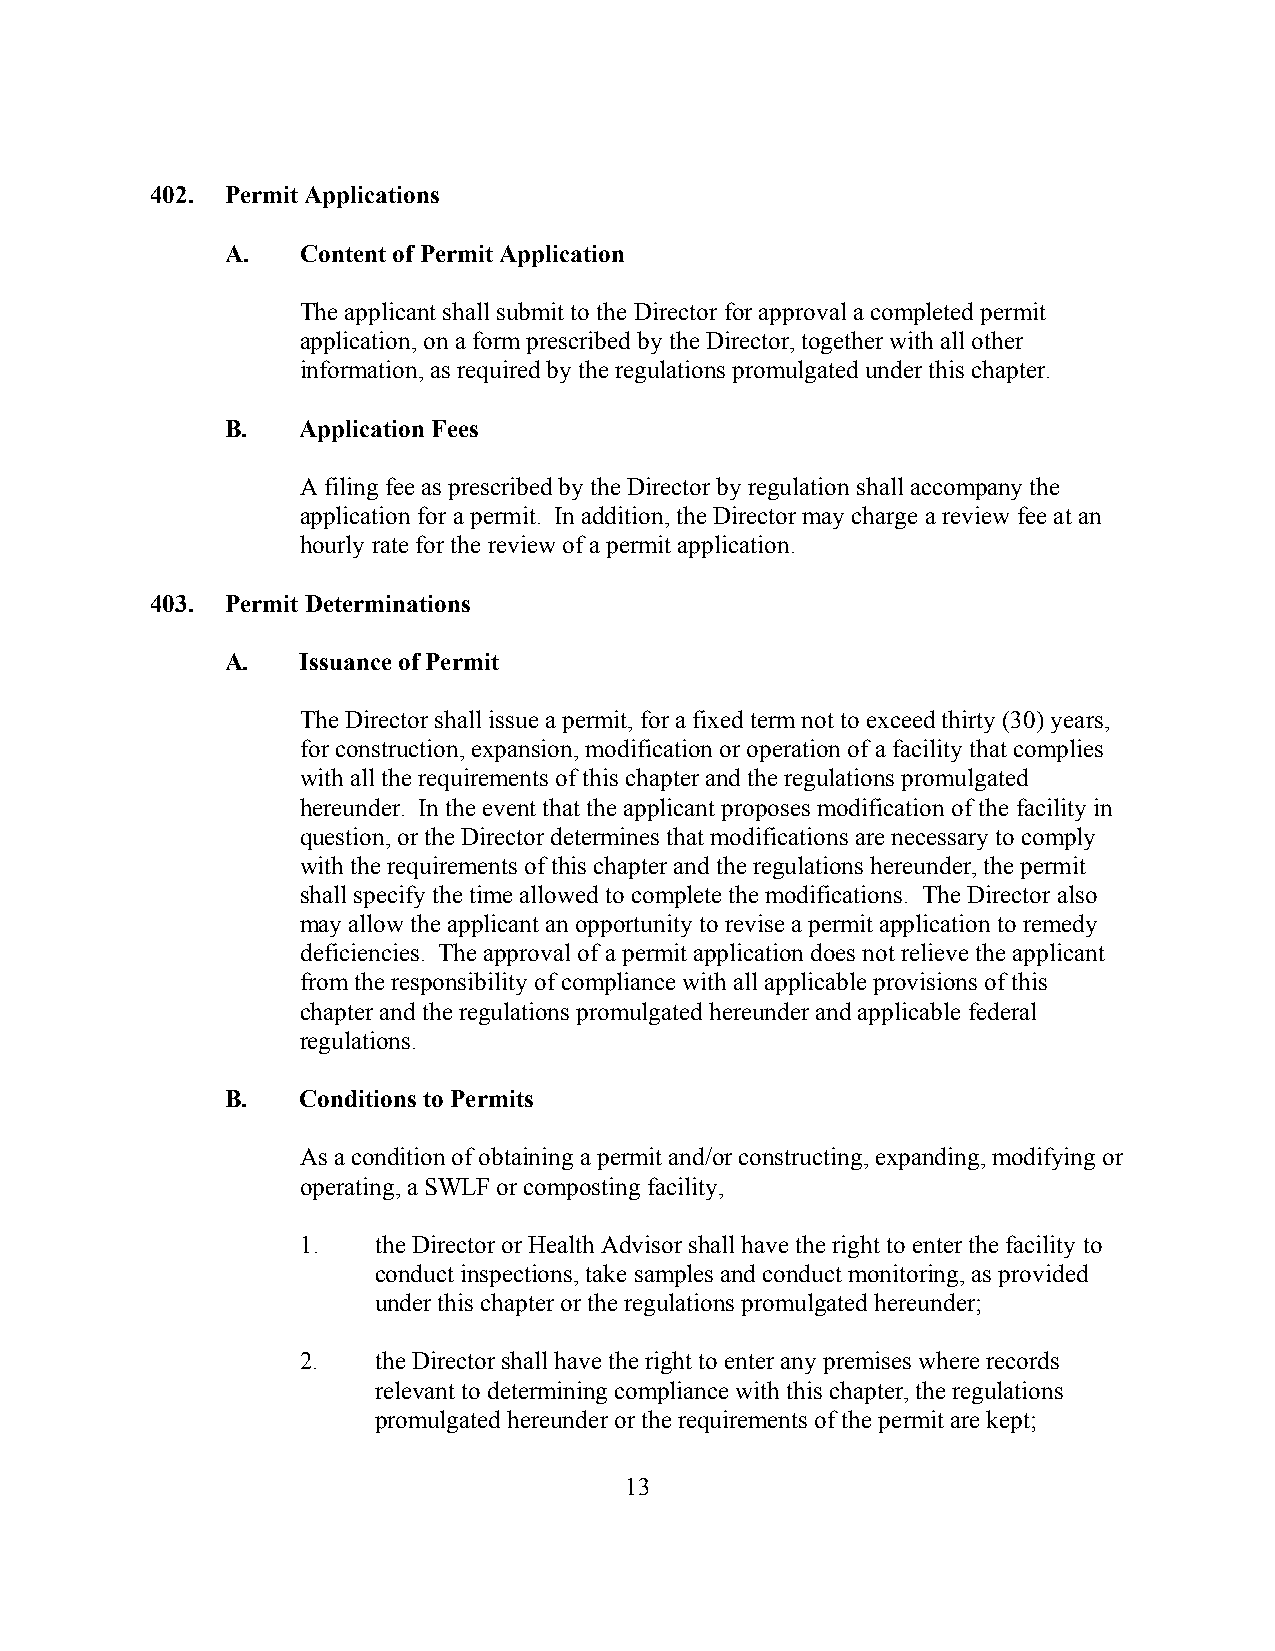
402. Permit Applications
 A.   Content of Permit Application
 The applicant shall submit to the Director for approval a completed permit
 application, on a form prescribed by the Director, together with all other
 information, as required by the regulations promulgated under this chapter.
 B.   Application Fees
 A filing fee as prescribed by the Director by regulation shall accompany the
 application for a permit. In addition, the Director may charge a review fee at an
 hourly rate for the review of a permit application.
 403. Permit Determinations
 A.   Issuance of Permit
 The Director shall issue a permit, for a fixed term not to exceed thirty (30) years,
 for construction, expansion, modification or operation of a facility that complies
 with all the requirements of this chapter and the regulations promulgated
 hereunder. In the event that the applicant proposes modification of the facility in
 question, or the Director determines that modifications are necessary to comply
 with the requirements of this chapter and the regulations hereunder, the permit
 shall specify the time allowed to complete the modifications. The Director also
 may allow the applicant an opportunity to revise a permit application to remedy
 deficiencies. The approval of a permit application does not relieve the applicant
 from the responsibility of compliance with all applicable provisions of this
 chapter and the regulations promulgated hereunder and applicable federal
 regulations.
 B.   Conditions to Permits
 As a condition of obtaining a permit and/or constructing, expanding, modifying or
 operating, a SWLF or composting facility,
 1.   the Director or Health Advisor shall have the right to enter the facility to
 conduct inspections, take samples and conduct monitoring, as provided
 under this chapter or the regulations promulgated hereunder;
 2.   the Director shall have the right to enter any premises where records
 relevant to determining compliance with this chapter, the regulations
 promulgated hereunder or the requirements of the permit are kept;
 13